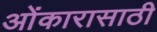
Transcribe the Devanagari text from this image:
ओंकारासाठी